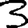
Digit: 3